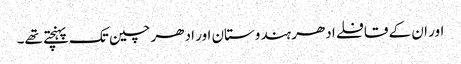
اور ان کے قافلے ادھر ہندوستان اور ادھر چین تک پہنچتے تھے۔